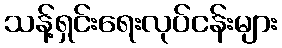
သန့်ရှင်းရေးလုပ်ငန်းများ